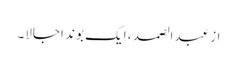
از عبدالصمد ، ایک بوند اجالا۔